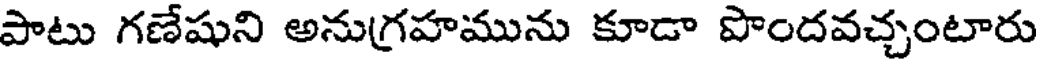
పాటు గణేషుని అనుగ్రహమును కూడా పొందవచ్చంటారు